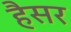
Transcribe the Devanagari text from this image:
हैसर